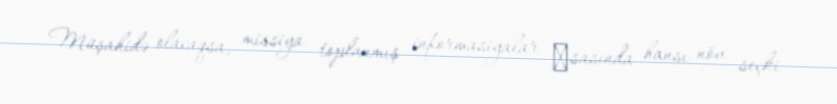
Müşahidə olacaqsa, missiya toplanmış informasiyalar әsasında hansı növ seçki